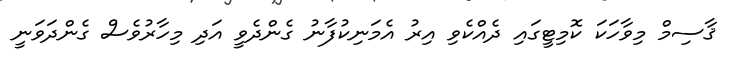
ޤާސިމް މިވާހަކަ ކޮމިޓީގައި ދެއްކެވި އިރު އެމަނިކުފާނު ގެންދެވީ އަދި މިހާރުވެސް ގެންދަވަނީ